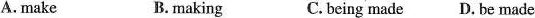
A. make B. making C.being made D. be made